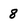
Character: 8